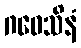
ဂဝေသိနံ